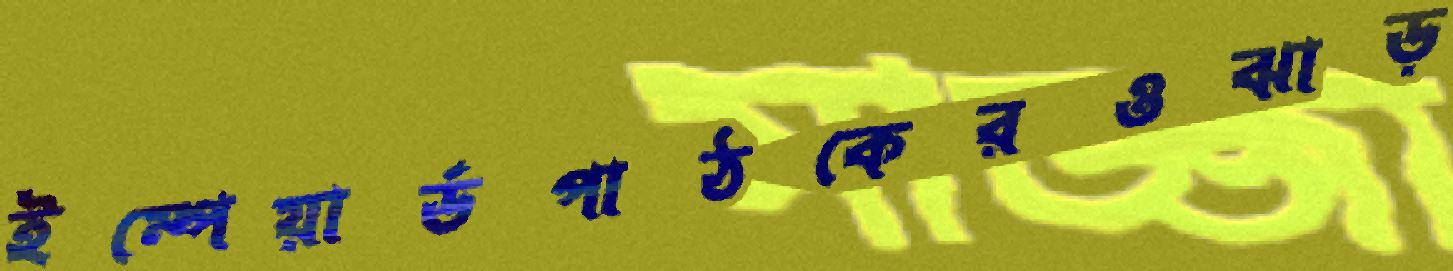
ইম্পেয়ার্ডপাঠকেরওঝাড়